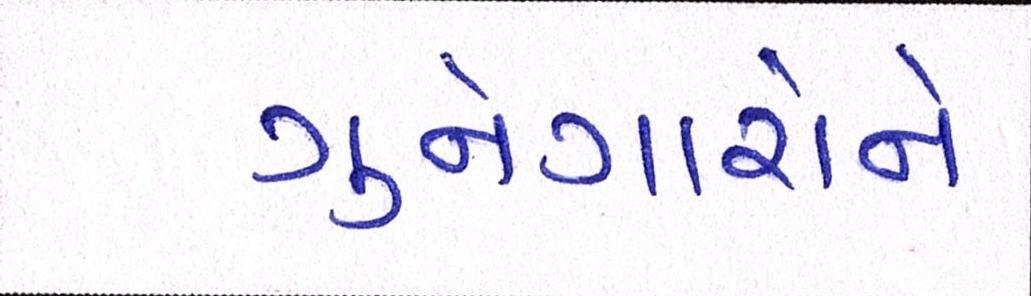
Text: ગુનેગારોને